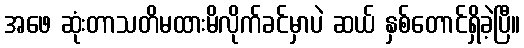
အဖေ ဆုံးတာသတိမထားမိလိုက်ခင်မှာပဲ ဆယ် နှစ်တောင်ရှိခဲ့ပြီ။